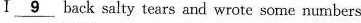
I \underline{9} back salty tears and wrote scne numbers